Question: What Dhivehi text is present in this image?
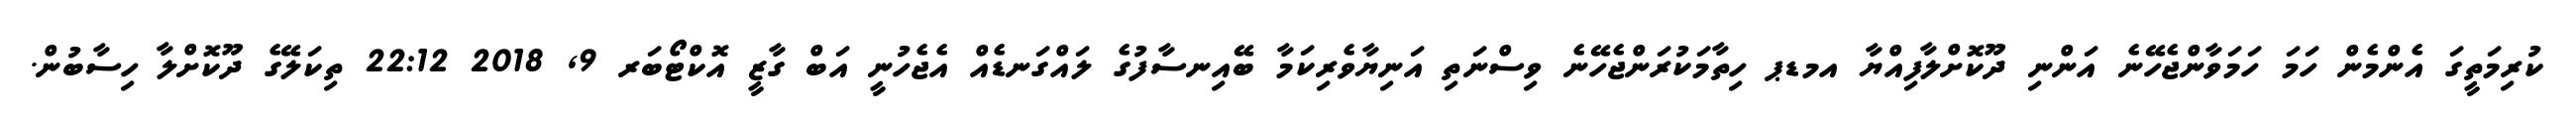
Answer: ކުރިމަތީގަ އެންމެން ހަމަ ހަމަވާންޖެހޭނެ އަންނި ދޫކޮށްލާފިއްޔާ އމޑޕ ހިތާމަކުރަންޖެހޭނެ ވިސްނަތި އަނިޔާވެރިކަމާ ބޭއިނސާފުގެ ލައްގަނޑެއް އެޖެހުނީ އަބް ގާޒީ އޮކްޓޯބަރ 9, 2018 22:12 ތިކަލޭގެ ދޫކޮށްލާ ހިސާބުން.